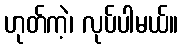
ဟုတ်ကဲ့၊ လုပ်ပါမယ်။